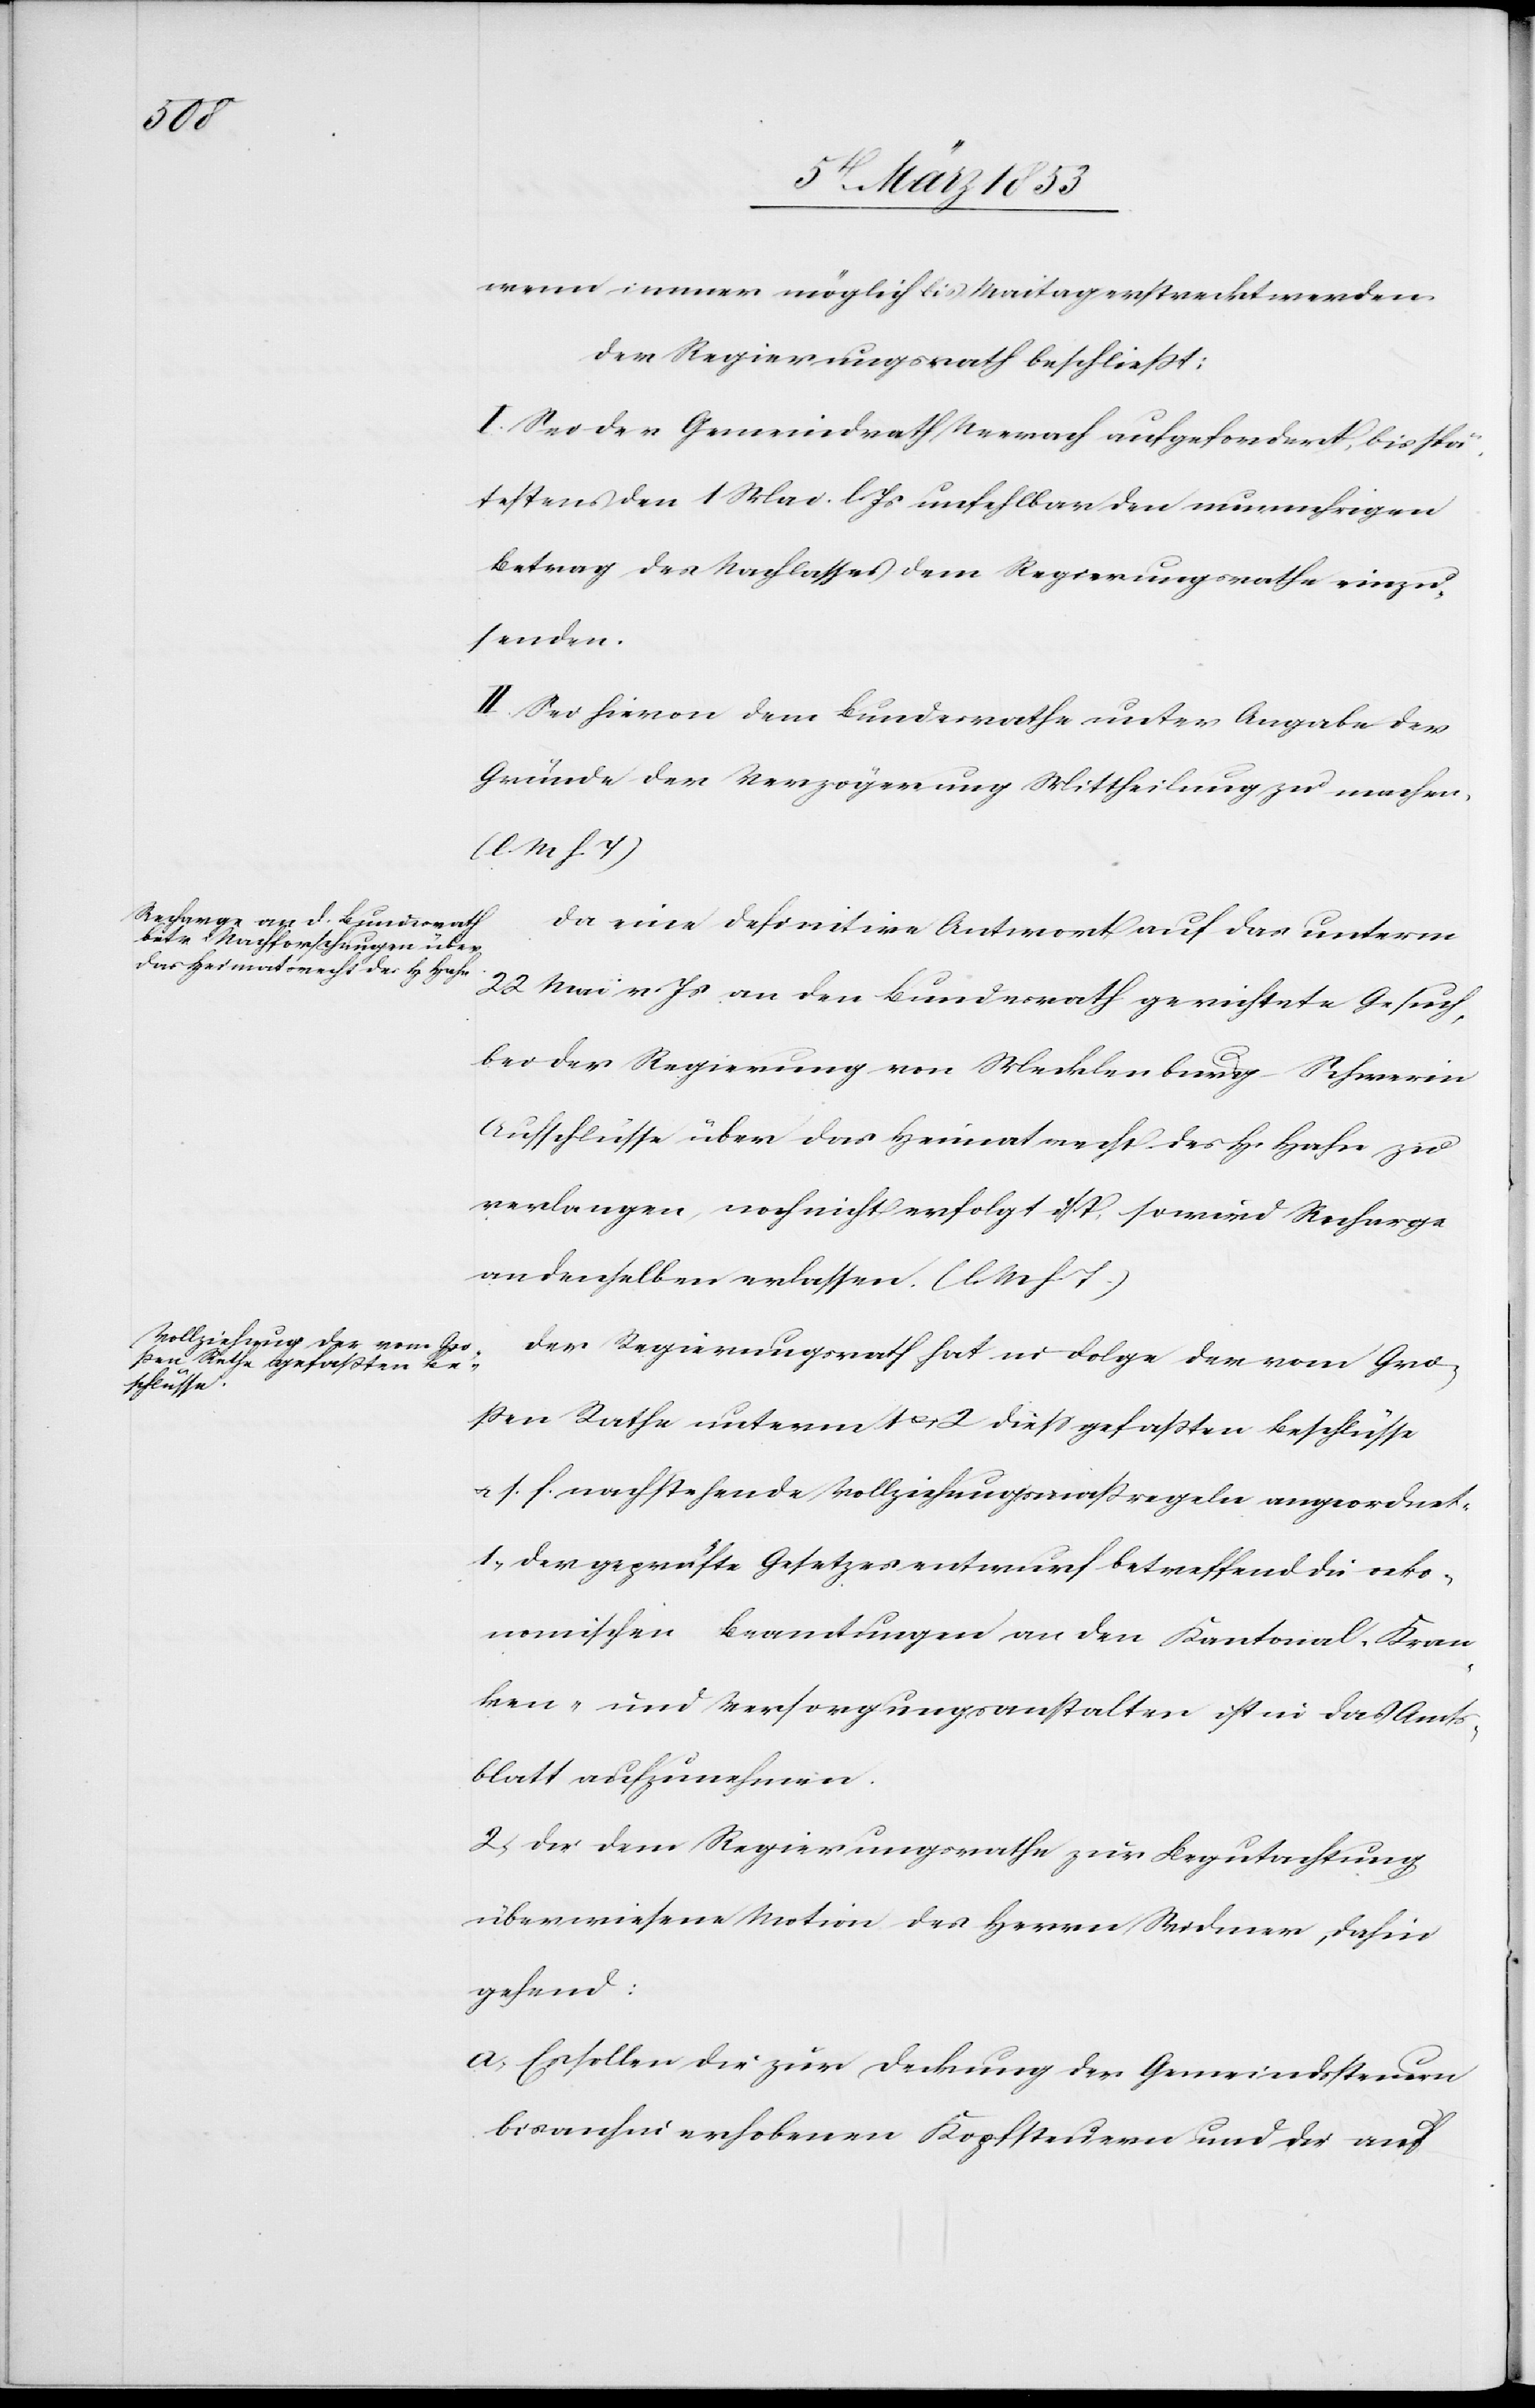
wenn immer möglich bis Maitag erstreckt werden.
Der Regierungsrath beschließt:
I. Sei die Gemeinde Neerach aufgefordert, bis spä¬
testens den 1. Mai l. Js. unfehlbar den nunmehrigen
Betrug des Nachlasses dem Regierungsrathe einzu¬
senden.
II. Sei hievon dem Bundesrathe unter Angabe der
Gründe der Verzögerung Mittheilung zu machen.
l. M. h. T
Da eine definitive Antwort auf das unterm
22 Mai v. Js. an den Bundesrath gerichtete Gesuch,
bei der Regierung von Mecklenburg Schwerin
Aufschlüsse über das Heimatrecht des H. Hahn zu
verlangen, noch nicht erfolgt ist, so wird Recharge
an denselben erlassen. l. M. h. T
Der Regierungsrath hat in Folge der vom Gro¬
ßen Rathe unterm 1 u. 2. dieß gefaßten Beschlüsse
u. s. f. nachstehende Vollziehungsmaßregeln angeordnet.
1, Der geprüfte Gesetzesentwurf betreffend die oeko¬
nomischen Beamtungen an den Kantonal-Kran¬
ken- und Versorgungsanstalten ist in das Amts¬
blatt aufzunehmen.
2, Die dem Regierungsrathe zur Begutachtung
überwiesene Motion des Herrn Widmer, dahin
gehend:
a, Es sollen die zur Deckung der Gemeindsteuern
bisanhin erhobenen Kopfsteuern und die auf